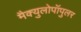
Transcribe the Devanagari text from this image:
मैक्युलोपॉपुलर